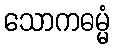
သောကဓမ္မံ